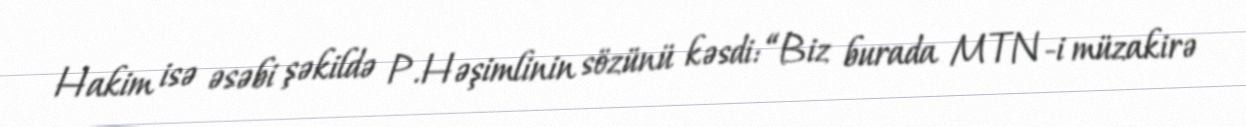
Hakim isə əsəbi şəkildə P.Həşimlinin sözünü kəsdi: “Biz burada MTN-i müzakirə